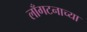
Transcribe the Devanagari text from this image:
लाँगटनाच्या